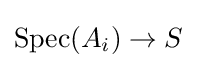
\operatorname {Spec} (A_{i})\to S